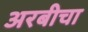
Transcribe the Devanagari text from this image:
अरबीचा